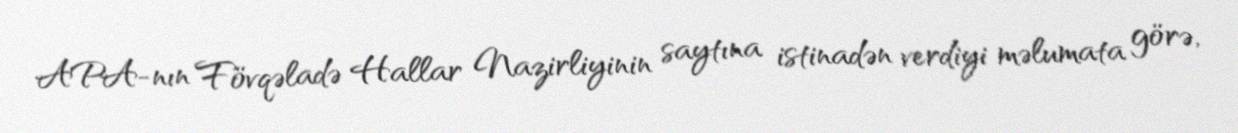
APA-nın Fövqəladə Hallar Nazirliyinin saytına istinadən verdiyi məlumata görə,